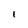
Character: I